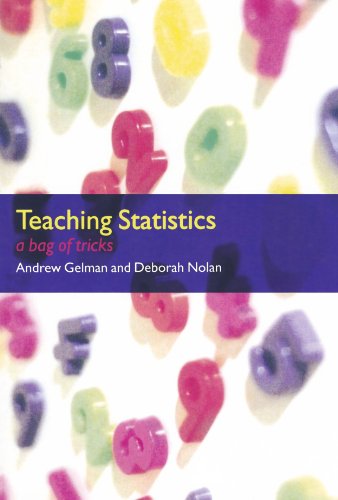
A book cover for Teaching Statistics: A Bag of Tricks; Andrew Gelman; Science & Math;